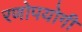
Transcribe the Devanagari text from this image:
रणोपयोगी